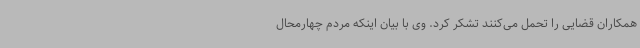
همکاران قضایی را تحمل می‌کنند تشکر کرد. وی با بیان اینکه مردم چهارمحال